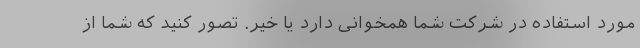
مورد استفاده در شرکت شما همخوانی دارد یا خیر. تصور کنید که شما از